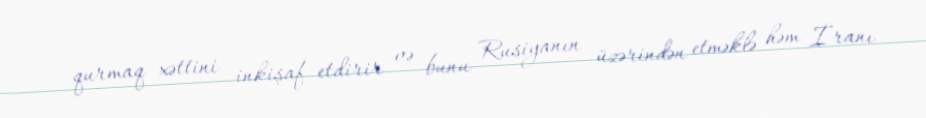
qurmaq xəttini inkişaf etdirir və bunu Rusiyanın üzərindən etməklə həm İranı